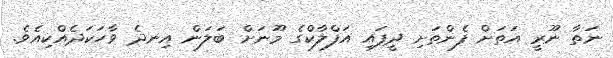
ނަތާ ނޫރީ އަތަށް ފެންތަށި ދީފައި އަފްލާކްގެ މޫނަށް ބަލަން އިނދެ ވާހަކަދެއްކިއެވެ.